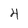
Character: 4